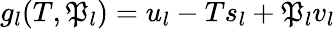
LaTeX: g_{l}(T,\mathfrak{P}_{l})=u_{l}-Ts_{l}+\mathfrak{P}_{l}v_{l}